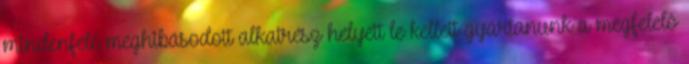
mindenféle meghibásodott alkatrész helyett le kellett gyártanunk a megfelelô